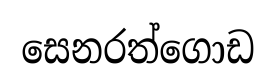
සෙනරත්ගොඩ